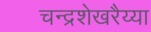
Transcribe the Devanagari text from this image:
चन्द्रशेखरैय्या